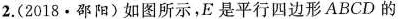
2.(2018·邵阳)如图所示，E是平行四边形ABCD的